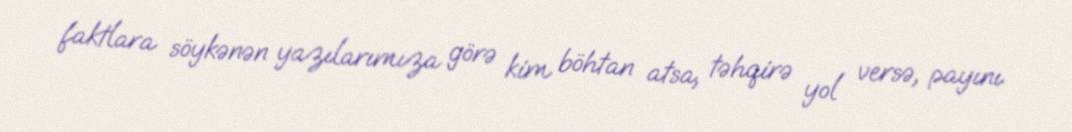
faktlara söykənən yazılarımıza görə kim böhtan atsa, təhqirə yol versə, payını